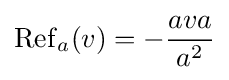
\operatorname {Ref} _{a}(v)=-{\frac {ava}{a^{2}}}